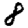
Digit: 8